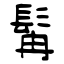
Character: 髯